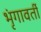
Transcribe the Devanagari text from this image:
भृंगावर्ती